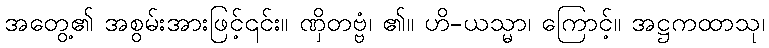
အတွေ့၏ အစွမ်းအားဖြင့်၎င်း။ ဏှိတဗ္ဗံ၊ ၏။ ဟိ-ယသ္မာ၊ ကြောင့်။ အဋ္ဌကထာသု၊